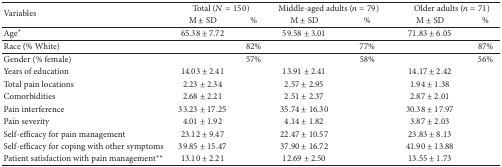
<table><thead><tr><td rowspan="2"><b>Variables</b></td><td colspan="2"><b>Total (<i>N</i> = 150)</b></td><td colspan="2"><b>Middle-aged adults (<i>n</i> = 79)</b></td><td colspan="2"><b>Older adults (<i>n</i> = 71)</b></td></tr><tr><td><b>M ± SD</b></td><td><b>%</b></td><td><b>M ± SD</b></td><td><b>%</b></td><td><b>M ± SD</b></td><td><b>%</b></td></tr></thead><tbody><tr><td>Age<sup><i>∗</i></sup></td><td>65.38 ± 7.72</td><td> </td><td>59.58 ± 3.01</td><td> </td><td>71.83 ± 6.05</td><td> </td></tr><tr><td>Race (% White)</td><td> </td><td>82%</td><td> </td><td>77%</td><td> </td><td>87%</td></tr><tr><td>Gender (% female)</td><td> </td><td>57%</td><td> </td><td>58%</td><td> </td><td>56%</td></tr><tr><td>Years of education</td><td>14.03 ± 2.41</td><td> </td><td>13.91 ± 2.41</td><td> </td><td>14.17 ± 2.42</td><td> </td></tr><tr><td>Total pain locations</td><td>2.23 ± 2.34</td><td> </td><td>2.57 ± 2.95</td><td> </td><td>1.94 ± 1.38</td><td> </td></tr><tr><td>Comorbidities</td><td>2.68 ± 2.21</td><td> </td><td>2.51 ± 2.37</td><td> </td><td>2.87 ± 2.01</td><td> </td></tr><tr><td>Pain interference</td><td>33.23 ± 17.25</td><td> </td><td>35.74 ± 16.30</td><td> </td><td>30.38 ± 17.97</td><td> </td></tr><tr><td>Pain severity</td><td>4.01 ± 1.92</td><td> </td><td>4.14 ± 1.82</td><td> </td><td>3.87 ± 2.03</td><td> </td></tr><tr><td>Self-efficacy for pain management</td><td>23.12 ± 9.47</td><td> </td><td>22.47 ± 10.57</td><td> </td><td>23.83 ± 8.13</td><td> </td></tr><tr><td>Self-efficacy for coping with other symptoms</td><td>39.85 ± 15.47</td><td> </td><td>37.90 ± 16.72</td><td> </td><td>41.90 ± 13.88</td><td> </td></tr><tr><td>Patient satisfaction with pain management<sup><i>∗∗</i></sup></td><td>13.10 ± 2.21</td><td> </td><td>12.69 ± 2.50</td><td> </td><td>13.55 ± 1.73</td><td> </td></tr></tbody></table>